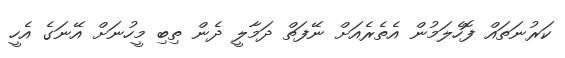
ކަރުނަތައް ފޮހެލަމުން އެތެރެއަށް ނޭފަތް ދަމާލީ ދެން ތިބި މީހުނަށް އޭނަގެ އެހީ